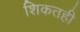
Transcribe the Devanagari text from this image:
शिकतही